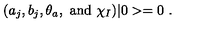
( a _ { j } , b _ { j } , \theta _ { a } , \ \mathrm { a n d } \ \chi _ { I } ) \vert 0 > = 0 \ .